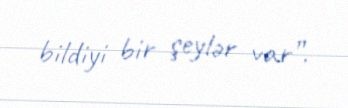
bildiyi bir şeylər var”.